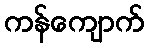
ကန်ကျောက်